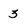
Character: 3